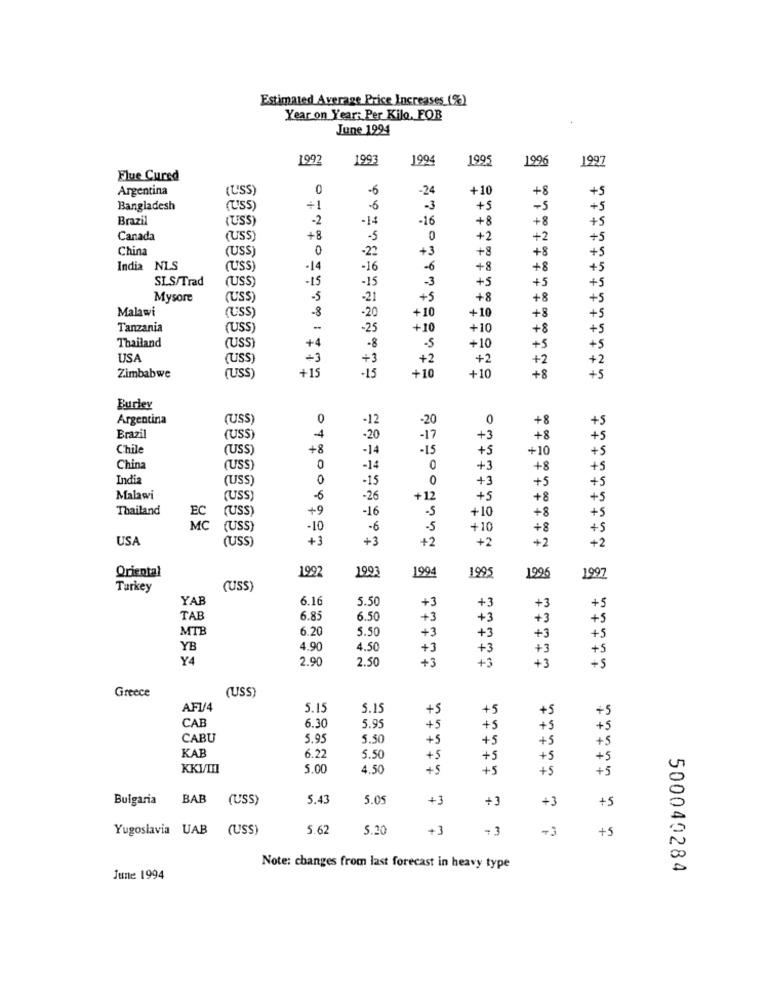
Estimated Average Price Increases (%)
Year on Year: Per Kilo, FOR
June 1994
1992
1993
1994
1995
1996
1997
Flue Cured
Argentina
(USS)
0
-6
-24
+10
+8
+5
- 5
Bangladesh
(USS)
+1
.6
-3
+5
+5
Brazil
(USS)
-2
-14
-16
+8
+8
+5
Canada
(USS)
+8
-5
0
+2
+2
+5
China
(USS)
0
-22
+3
+8
+8
+5
India NLS
(USS)
-14
-16
-6
+8
+8
+5
SLS/Trad
(USS)
-15
-3
+5
-15
+5
+5
Mysore
(USS
-5
-21
+5
+8
+8
+5
Malawi
(USS)
-8
+10
-20
+10
+8
+5
Tanzania
(USS
-25
+10
+10
+8
+5
Thailand
(USS)
+4
-8
+5
-5
+10
+5
USA
(USS)
+3
+3
+2
+2
+2
+2
+15
-15
Zimbabwe
(USS)
+10
+10
+8
+5
Burley
Argentina
(USS)
0
-12
-20
0
+8
+5
Brazil
(USS)
4
-20
-17
+3
+8
Chile
(USS)
+8
-14
-15
+5
+10
China
(USS)
0
-14
0
+3
+ 8
India
(USS)
0
-15
0
+3
+5
Malawi
(USS)
-6
-26
+12
+5
+8
Thailand
EC
(USS)
+9
-16
-5
+10
+8
+5
MC
(USS
-10
-6
-5
+10
+ 8
+5
USA
(USS)
+3
+3
+2
+2
+2
Oriental
1997
1993
1994
1995
1996
1997
Turkey
(USS)
YAB
6.16
5.50
+3
+3
+3
TAB
6.8
6.50
+3
+3
+3
MTB
6.20
5.50
+3
+3
+3
+5
YB
4.90
4.50
+3
+3
+3
+5
Y4
2.90
2.50
+3
+3
+3
(USS)
Greece
AF1/4
5.15
5.15
+5
+5
+5
+5
CAF
6.30
5.95
+5
+5
+5
+5
CABU
5.9
5.50
+5
+5
+5
KAB
6.2
5.50
+5
+5
+5
+5
KKV/III
5.00
4.50
+5
+5
+5
+5
Bulgaria
BAB (USS)
5.43
5.05
+3
+3
+3
+5
Yugoslavia UAB (USS)
5.62
5.20
+3
- 3
+3
+5
Note: changes from last forecast in heavy type
500040284
June 1994